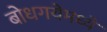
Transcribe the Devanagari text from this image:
बोधगयेमध्ये